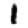
Digit: 1